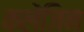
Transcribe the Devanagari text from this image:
कलेंजिन